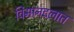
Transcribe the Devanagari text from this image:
विमानदलात